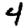
Digit: 4